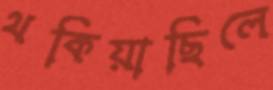
থকিয়াছিলে